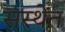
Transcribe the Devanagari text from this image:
संस्थेंत